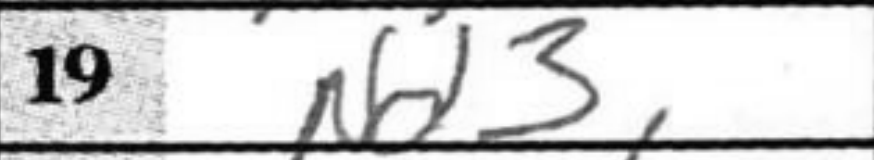
Transcription: Nd3